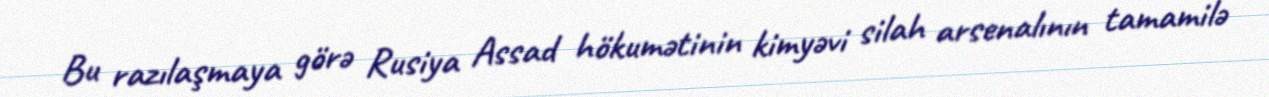
Bu razılaşmaya görə Rusiya Assad hökumətinin kimyəvi silah arsenalının tamamilə